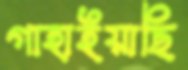
গাহাইয়াছি